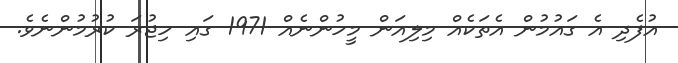
އުފެދި އެ ގައުމުން އެތަކެއް މިލިއަން މީހުންނެއް 1971 ގައި ހިޖުރަ ކުރުމުންނެވެ.